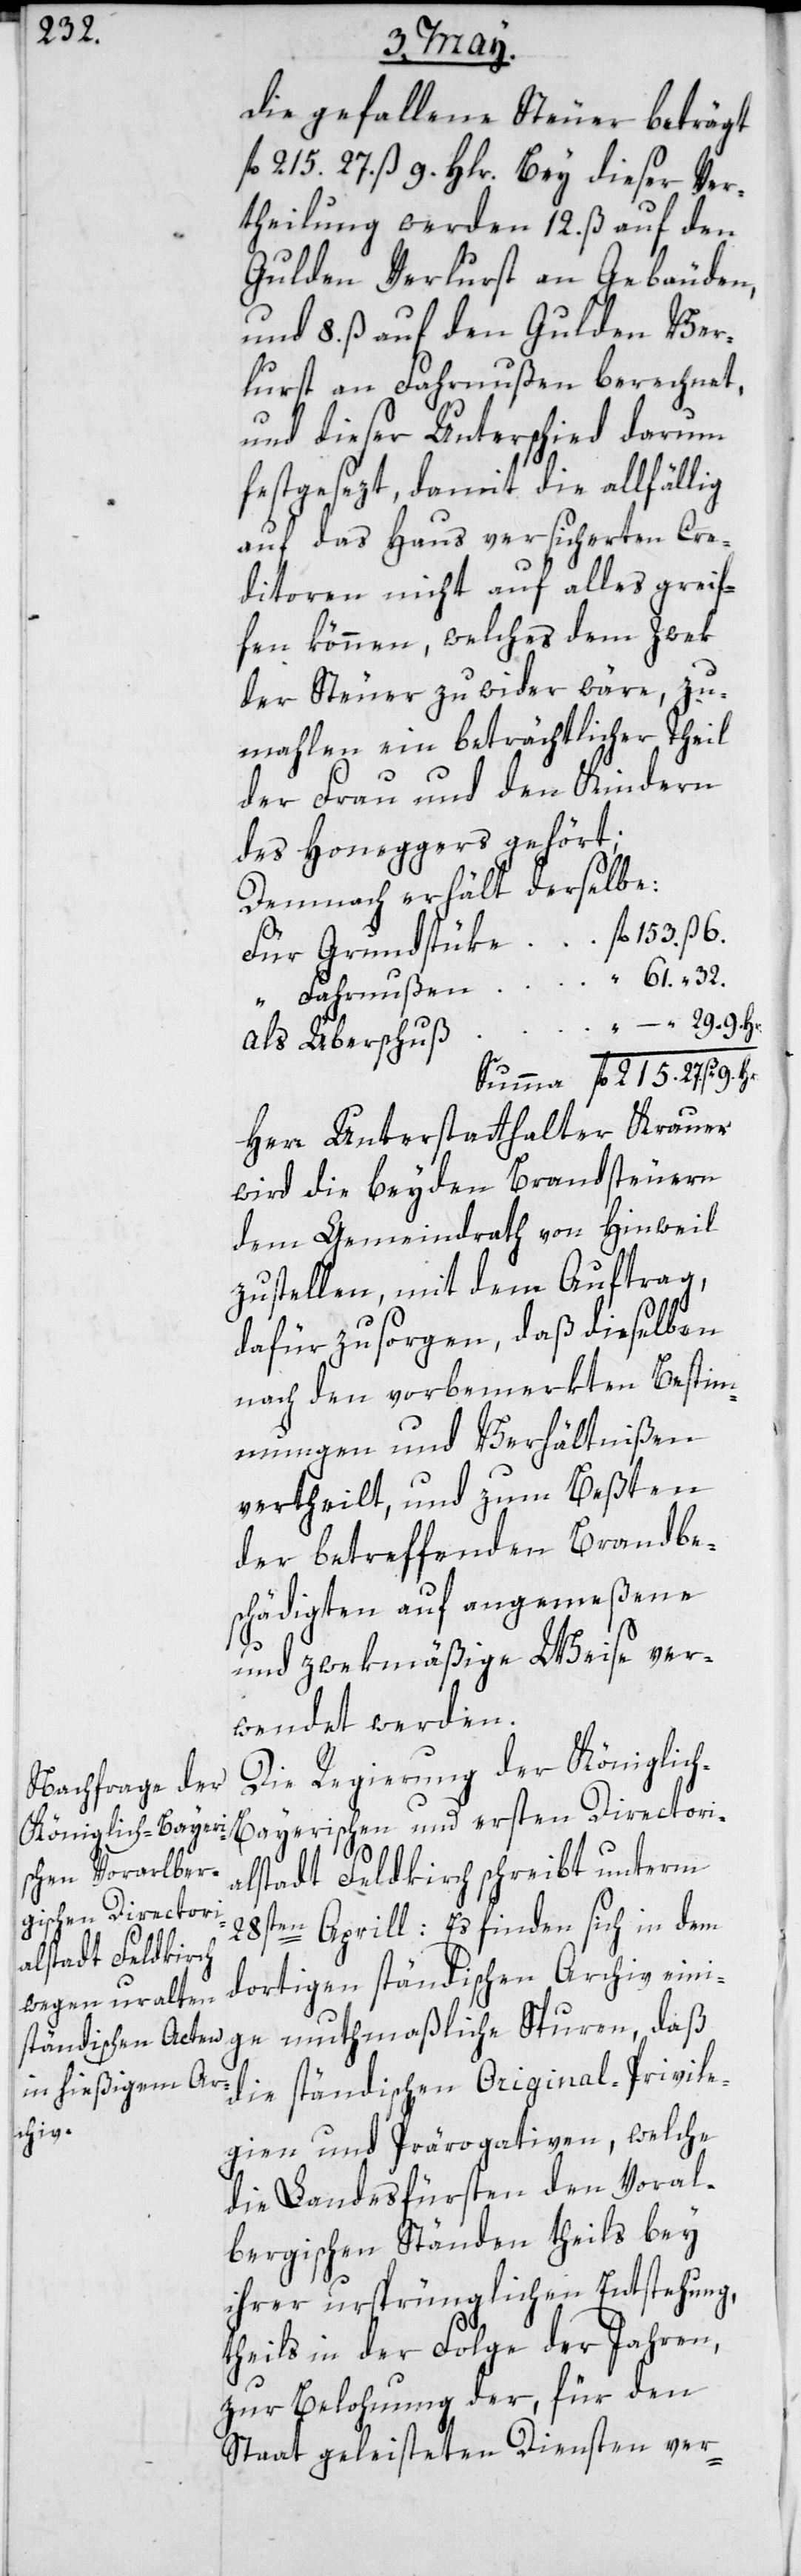
32.

die gefallene Steuer beträgt
fl. 215. 27. ß 9. Hlr. Bey dieser Ver¬
theilung werden 12. ß auf den
Gulden Verlurst an Gebäuden,
und 8. ß auf den Gulden Ver¬
lurst an Fahrnußen berechnet,
und dieser Unterschied darum
festgesezt, damit die allfällig
auf das Haus versicherten Cre¬
ditoren nicht auf alles greif¬
fen können, welches dem Zwek
der Steuer zuwider wäre, zu¬
mahlen ein beträchtlicher Theil
der Frau und den Kindern
des Honeggers gehört;
Demnach erhält derselbe:
Fahrnußen
Überschuß
Herr Unterstatthalter Krauer
wird die beyden Brandsteuern
dem Gemeindrath von Hinweil
zustellen, mit dem Auftrag,
dafür zu sorgen, daß dieselben
nach den vorbemerkten Bestim¬
mungen und Verhältnißen
vertheilt, und zum Beßten
der betreffenden Brandbe¬
schädigten auf angemeßene
und zwekmäßige Weise ver¬
wendet werden.
Die Regierung der Königlic¬
h-Bayerischen und ersten Directori¬
alstadt Feldkirch schreibt unterm
28sten Aprill: „Es finden sich in dem
dortigen ständigen Archiv eini¬
ge muthmaßliche Spuren, daß
die ständischen Original-Privile¬
gien und Prärogativen, welche
die Landesfürsten den Voral¬
bergischen Ständen theils bey
ihrer ursprünglichen Entstehung,
theils in der Folge der Jahren,
zur Belohnung der, für den
Staat geleisteten Diensten ver-